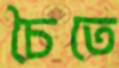
চৈতে